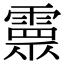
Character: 𩅉